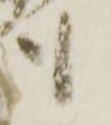
も